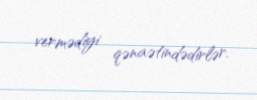
vermədiyi qənaətindədirlər.